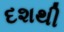
દશથી